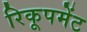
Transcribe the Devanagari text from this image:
रिकूपमेंट